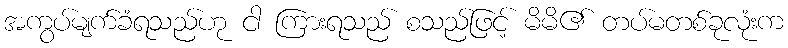
အကွပ်မျက်ခံရသည်ဟု ငါ ကြားရသည် စသည်ဖြင့် မိမိ၏ တပ်မတစ်ခုလုံးက